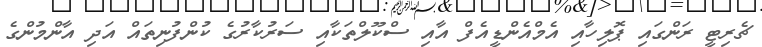
ޗެރިޓީ ރަންގައި ޕޮލިހާއި އެމްއެންޑީއެފް އާއި ސްކޫލްތަކާއި ސަރުކާރުގެ ކުންފުނިތައް އަދި އާންމުންގެ